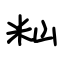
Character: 籼